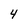
Character: 4